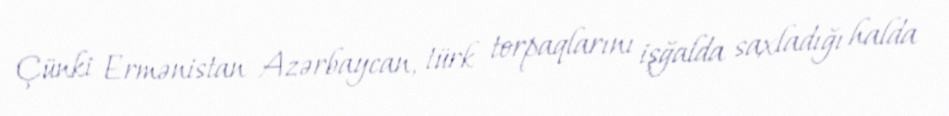
Çünki Ermənistan Azərbaycan, türk torpaqlarını işğalda saxladığı halda